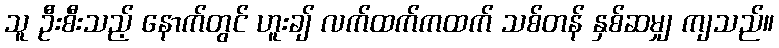
သူ ဦးစီးသည့် နောက်တွင် ဟူးချ် လက်ထက်ကထက် သစ်တန် နှစ်ဆမျှ ကျသည်။